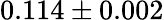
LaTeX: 0.114\pm 0.002